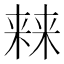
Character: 𣘐